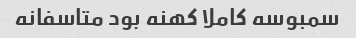
سمبوسه کاملا کهنه بود متاسفانه